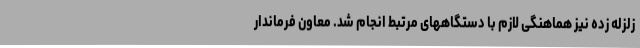
زلزله زده نیز هماهنگی لازم با دستگاههای مرتبط انجام شد. معاون فرماندار